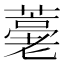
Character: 𦽡